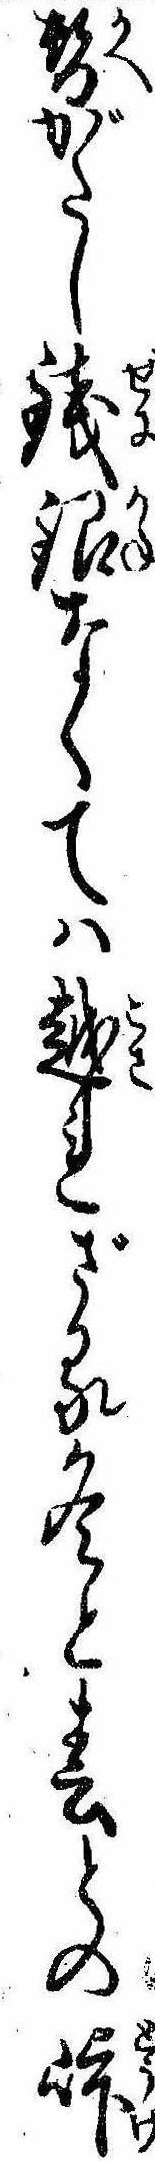
替がたし銭銀なくては越れざる冬と春との峠